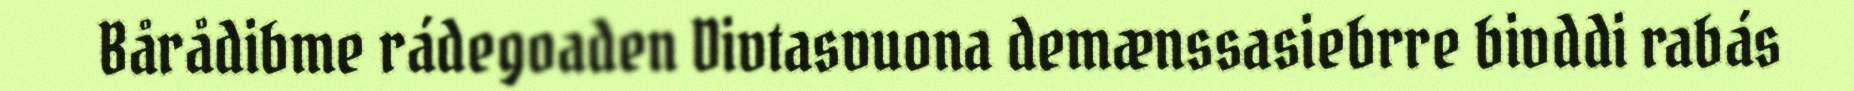
Bårådibme rádegoaden Divtasvuona demænssasiebrre bivddi rabás